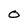
Character: 0